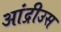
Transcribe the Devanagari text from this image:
आंद्रीउस